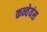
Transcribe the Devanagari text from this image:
कन्वेयंस